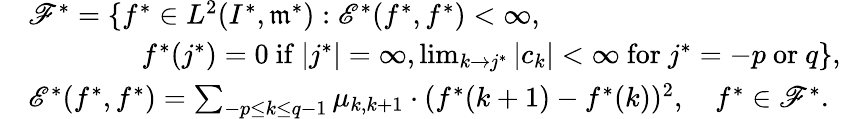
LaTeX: \begin{array}{rl}&{{\mathscr F}^{*}=\{ f^{*}\in L^{2}(I^{*},\mathfrak{m}^{*}):{\mathscr E}^{*}(f^{*},f^{*})<\infty,}\\ &{\qquad\qquad f^{*}(j^{*})=0\mathrm{~if~}|j^{*}|=\infty,\operatorname*{lim}_{k\rightarrow j^{*}}|c_{k}|<\infty\mathrm{~for~}j^{*}=-p\mathrm{~or~}q\} ,}\\ &{{\mathscr E}^{*}(f^{*},f^{*})=\sum_{-p\leq k\leq q-1}\mu_{k,k+1}\cdot(f^{*}(k+1)-f^{*}(k))^{2},\quad f^{*}\in{\mathscr F}^{*}.}\end{array}